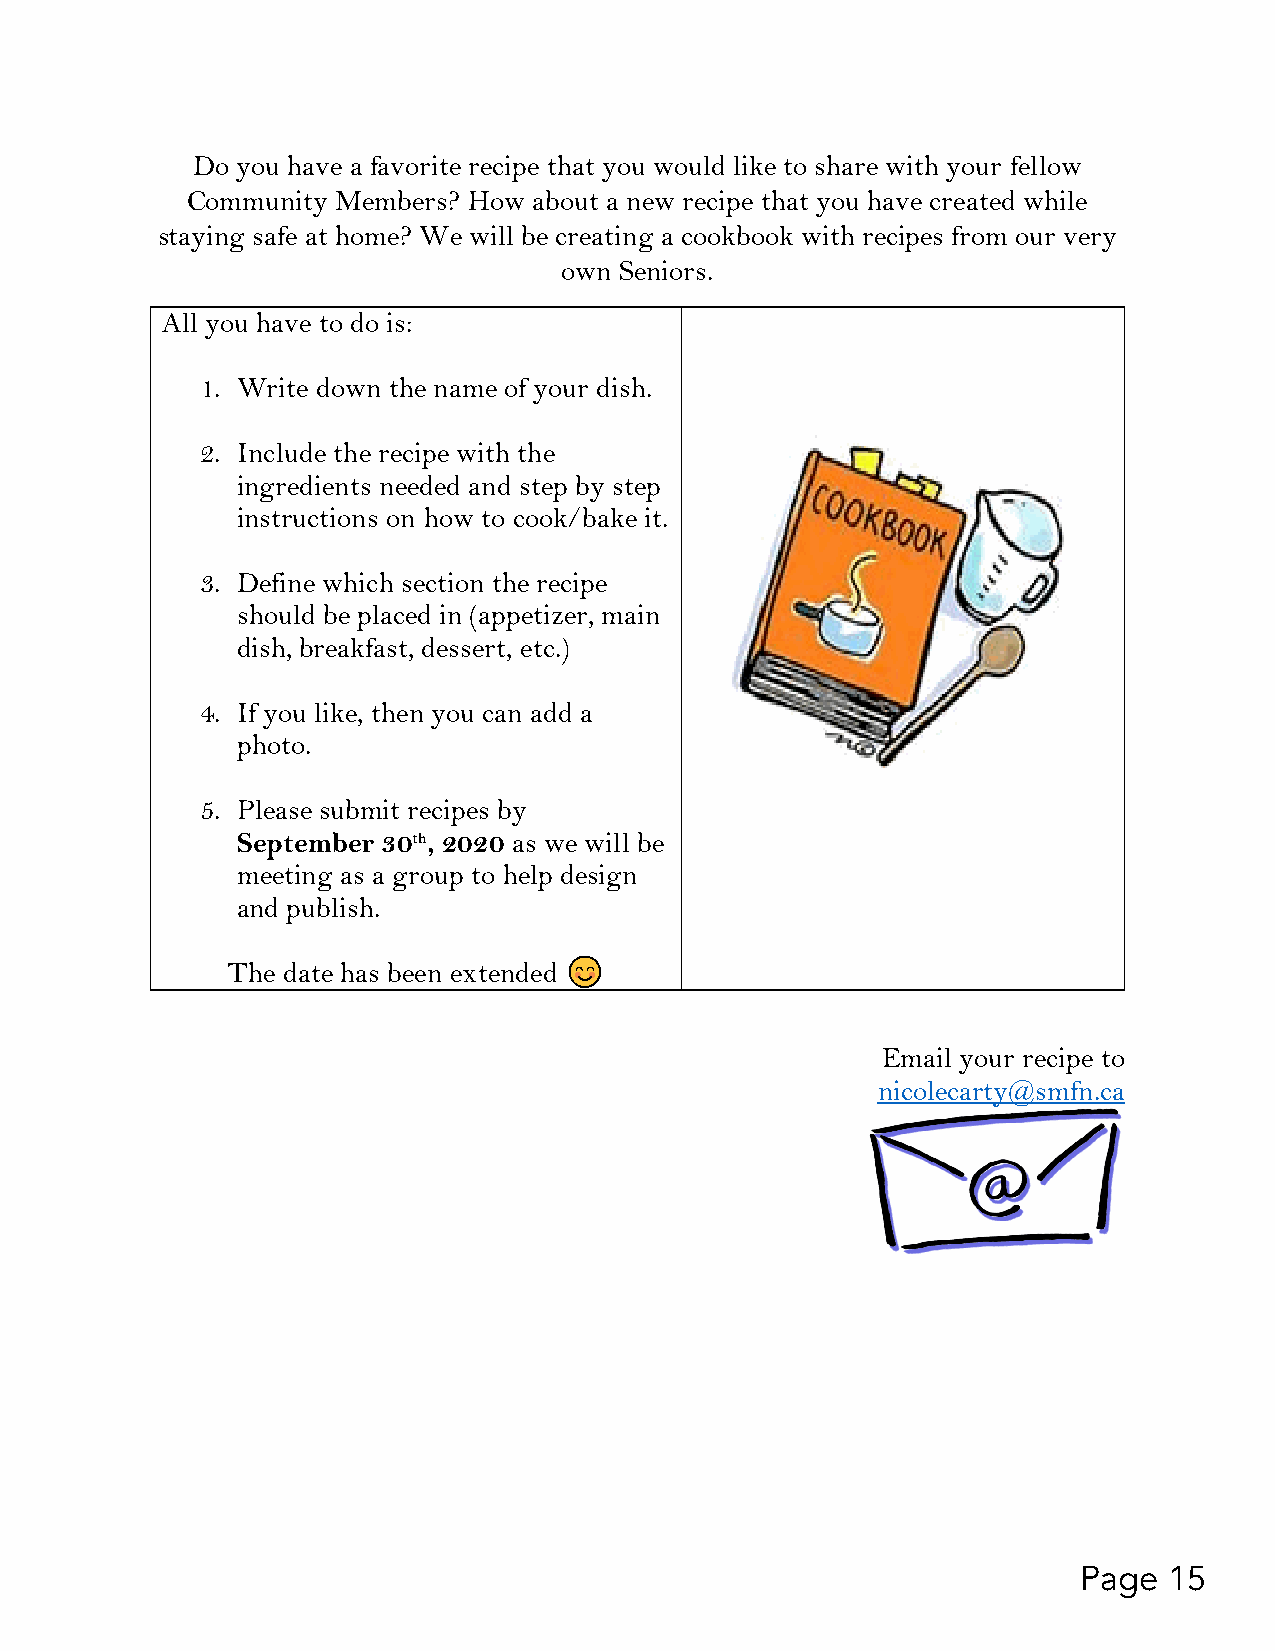
Do you have a favorite recipe that you would like to share with your fellow
 Community Members? How about a new recipe that you have created while
 staying safe at home? We will be creating a cookbook with recipes from our very
 own Seniors.
 All you have to do is:
 1. Write down the name of your dish.
 2. Include the recipe with the
 ingredients needed and step by step
 instructions on how to cook/bake it.
 3. Define which section the recipe
 should be placed in (appetizer, main
 dish, breakfast, dessert, etc.)
 4. If you like, then you can add a
 photo.
 5. Please submit recipes by
 September 30th, 2020 as we will be
 meeting as a group to help design
 and publish.
 The date has been extended "#$%
 Email your recipe to
 nicolecarty@smfn.ca